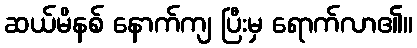
ဆယ်မိနစ် နောက်ကျ ပြီးမှ ရောက်လာ၏။